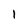
Character: 1